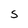
Character: S